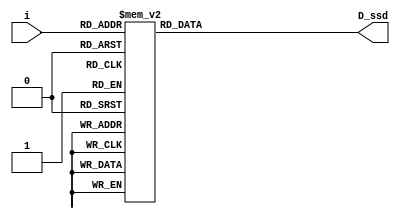
`timescale 1ns / 1ps
//////////////////////////////////////////////////////////////////////////////////
// Company: 
// Engineer: 
// 
// Design Name: 
// Module Name: display
// Project Name: 
// Target Devices: 
// Tool Versions: 
// Description: 
// 
// Dependencies: 
// 
// Revision:
// Revision 0.01 - File Created
// Additional Comments:
// 
//////////////////////////////////////////////////////////////////////////////////

//define segment codes
`define SS_0 8'b00000011
`define SS_1 8'b10011111
`define SS_2 8'b00100101
`define SS_3 8'b00001101
`define SS_4 8'b10011001
`define SS_5 8'b01001001
`define SS_6 8'b01000001
`define SS_7 8'b00011111
`define SS_8 8'b00000001
`define SS_9 8'b00001001

module display(
    D_ssd,  //seven_segment output
    i       //input counter value
);
output [7:0] D_ssd;
input [3:0] i;
reg [7:0] D_ssd;

always @*
    case(i)
        4'd0:D_ssd = `SS_0;
        4'd1:D_ssd = `SS_1;
        4'd2:D_ssd = `SS_2;
        4'd3:D_ssd = `SS_3;
        4'd4:D_ssd = `SS_4;
        4'd5:D_ssd = `SS_5;
        4'd6:D_ssd = `SS_6;
        4'd7:D_ssd = `SS_7;
        4'd8:D_ssd = `SS_8;
        4'd9: D_ssd = `SS_9;
        default: D_ssd = 8'b11111111;
    endcase
endmodule